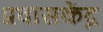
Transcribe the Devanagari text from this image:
प्रवासकेंद्र